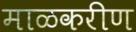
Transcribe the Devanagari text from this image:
माळकरीण